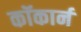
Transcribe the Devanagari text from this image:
कॉकार्न